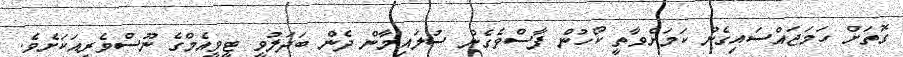
ގޮތަށް ހަމަޖައްސައިގެން ކަމަށްވާތީ ކޯހުން ފާސްވެގެން ސުލައިމާން ދެން ބަދަލުވީ ޓީވީއެމްގެ ނޫސްވެރިއަކަށެވެ.